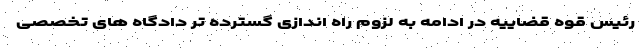
رئیس قوه قضاییه در ادامه به لزوم راه اندازی گسترده تر دادگاه های تخصصی